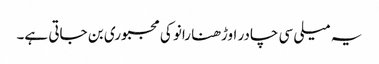
یہ میلی سی چادر اوڑھنا رانو کی مجبوری بن جاتی ہے۔